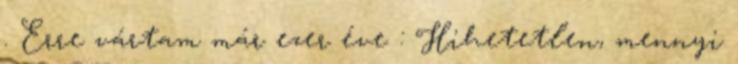
. Erre vártam már ezer éve : Hihetetlen, mennyi